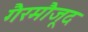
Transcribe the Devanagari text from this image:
गैरमौजूद